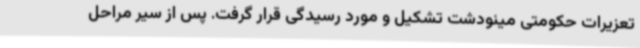
تعزیرات حکومتی مینودشت تشکیل و مورد رسیدگی قرار گرفت. پس از سیر مراحل